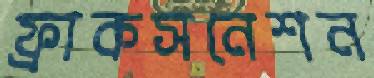
ফ্রাকসনেশন